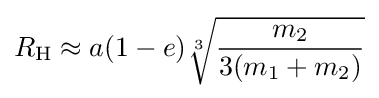
R_{\mathrm {H} }\approx a(1-e){\sqrt[{3}]{\frac {m_{2}}{3(m_{1}+m_{2})}}}